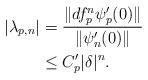
LaTeX: \begin{align*}|\lambda_{p,n}|&=\frac{\Vert df^n_p\psi_p'(0)\Vert}{\Vert \psi_n'(0)\Vert}\\&\leq C'_p|\delta|^n.\end{align*}